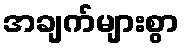
အချက်များစွာ